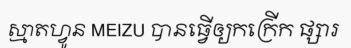
ស្មាតហ្វូន MEIZU បានធ្វើឲ្យកក្រើក ផ្សារ